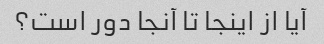
آیا از اینجا تا آنجا دور است؟